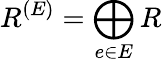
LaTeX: R^{(E)}=\bigoplus_{e\in E}R